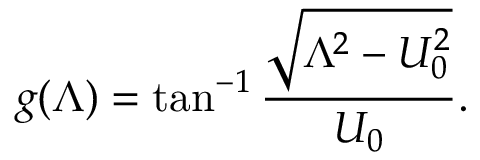
g ( \Lambda ) = \tan ^ { - 1 } \frac { \sqrt { \Lambda ^ { 2 } - U _ { 0 } ^ { 2 } } } { U _ { 0 } } .